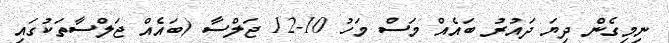
ނިމިގެން ދިޔަ ދައުރު ބައެއް މަސް މަހު 10-12 ޖަލްސާ (ބައެއް ޖަލްސާތަކުގައި